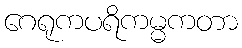
ဂေရုကပရိကမ္မကတာ